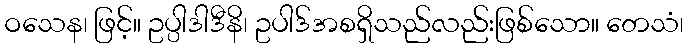
ဝသေန၊ ဖြင့်။ ဥပ္ပါဒါဒီနိ၊ ဥပါဒ်အစရှိသည်လည်းဖြစ်သော။ တေသံ၊